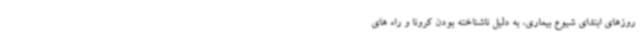
روزهای ابتدای شیوع بیماری، به دلیل ناشناخته بودن کرونا و راه های